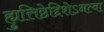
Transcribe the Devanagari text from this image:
ह्युत्तिष्ठेद्दिशेऽनत्वा